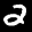
Label: 2